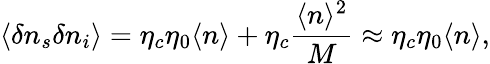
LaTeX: \langle\delta n_{s}\delta n_{i}\rangle=\eta_{c}\eta_{0}\langle n\rangle+\eta_{c}\frac{\langle n\rangle^{2}}{M}\approx\eta_{c}\eta_{0}\langle n\rangle,